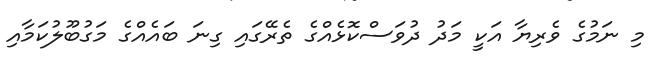
މި ނަމުގެ ވެރިޔާ އަކީ މަދު ދުވަސްކޮޅެއްގެ ތެރޭގައި ގިނަ ބައެއްގެ މަގުބޫލުކަމާއި